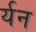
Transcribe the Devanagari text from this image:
र्यन